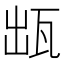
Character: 𤬷